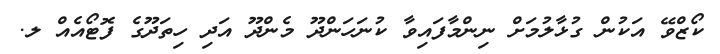
ކޯޒްވޭ އަކުން ގުޅާލުމަށް ނިންމާފައިވާ ކުނަހަންދޫ މެންދޫ އަދި ހިތަދޫގެ ފޮޓޯއެއް ލ.